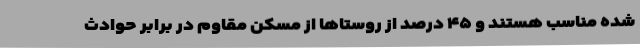
شده مناسب هستند و ۴۵ درصد از روستاها از مسکن مقاوم در برابر حوادث